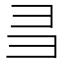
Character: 𢑑